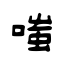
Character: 嗤